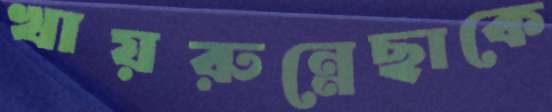
খায়রুন্নেছাকে